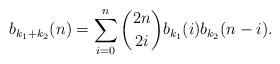
LaTeX: \begin{align*}b_{k_1+k_2}(n) = \sum_{i=0}^{n} \binom{2n}{2i} b_{k_1}(i)b_{k_2}(n-i).\end{align*}